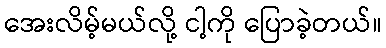
အေးလိမ့်မယ်လို့ ငါ့ကို ပြောခဲ့တယ်။